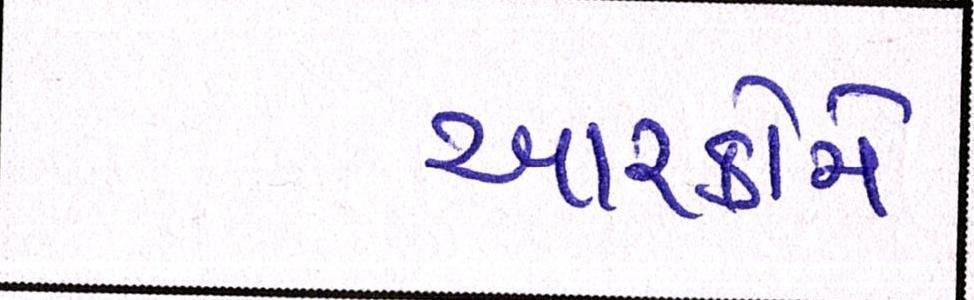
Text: આરકોમે